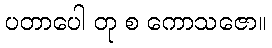
ပတာပေါ တု စ ကောသဇော။